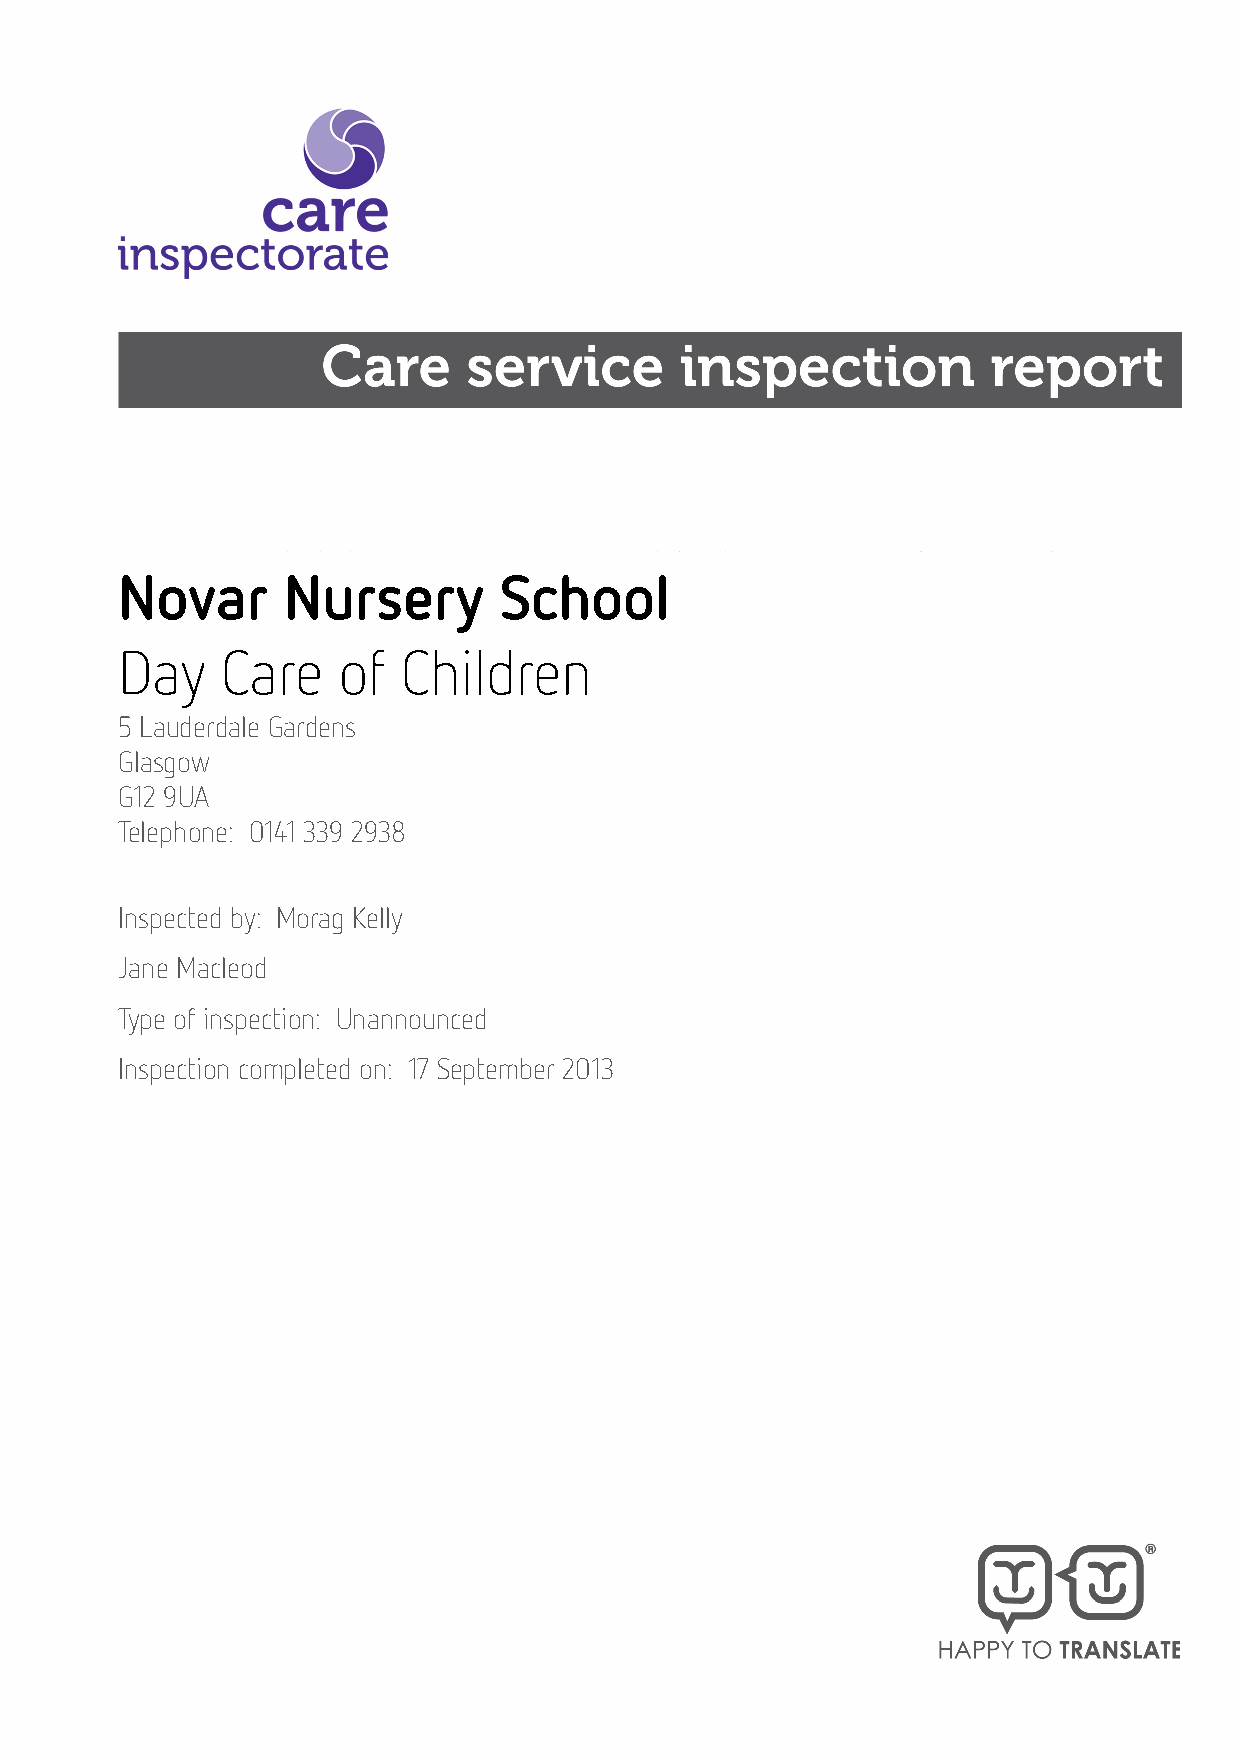
Novar      Nursery       School
 Day    Care   of   Children
 5 Lauderdale Gardens
 Glasgow
 G12 9UA
 Telephone: 0141 339 2938
 Inspected by: Morag Kelly
 Jane Macleod
 Type of inspection: Unannounced
 Inspection completed on: 17 September 2013